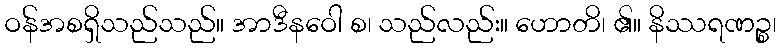
ဝန်အစရှိသည်သည်။ အာဒီနဝေါ စ၊ သည်လည်း။ ဟောတိ၊ ၏။ နိဿရဏဉ္စ၊